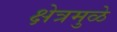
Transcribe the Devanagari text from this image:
क्षेत्रमुळे